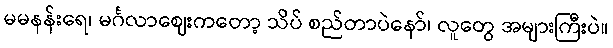
မမနန်းရေ၊ မင်္ဂလာဈေးကတော့ သိပ် စည်တာပဲနော်၊ လူတွေ အများကြီးပဲ။